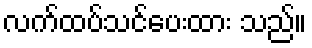
လက်ထပ်သင်ပေးထား သည်။